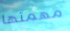
مهمتها